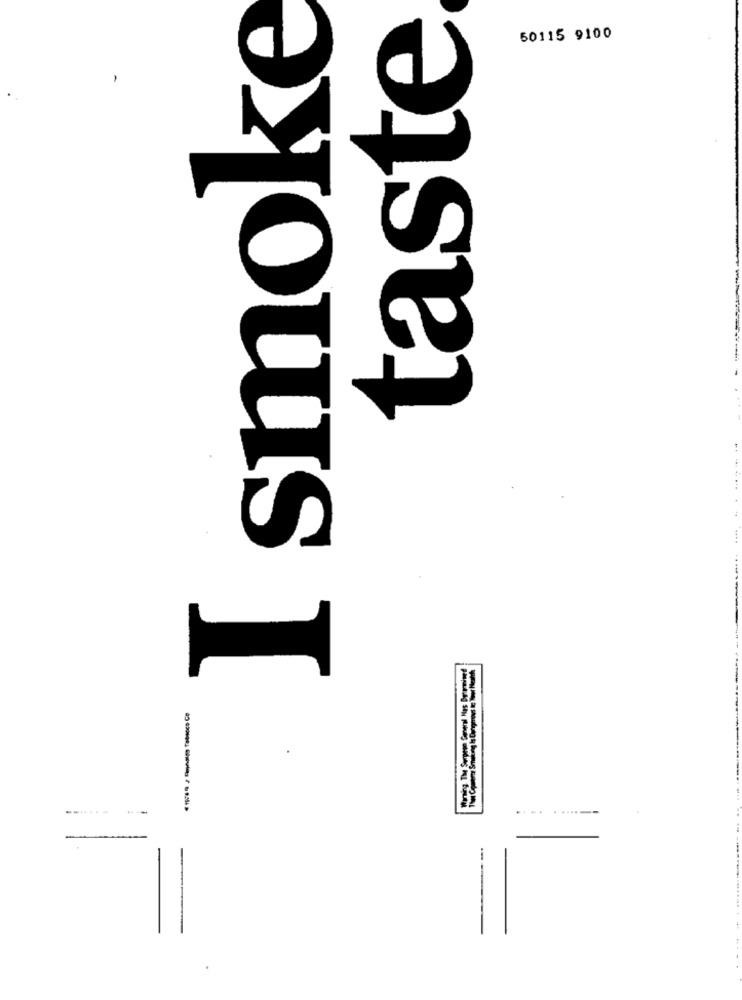
I smoke
taste
50115 9100
-
....
--